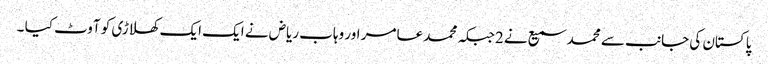
پاکستان کی جانب سے محمد سمیع نے 2جبکہ محمد عامر اور وہاب ریاض نے ایک ایک کھلاڑی کو آوٹ کیا ۔